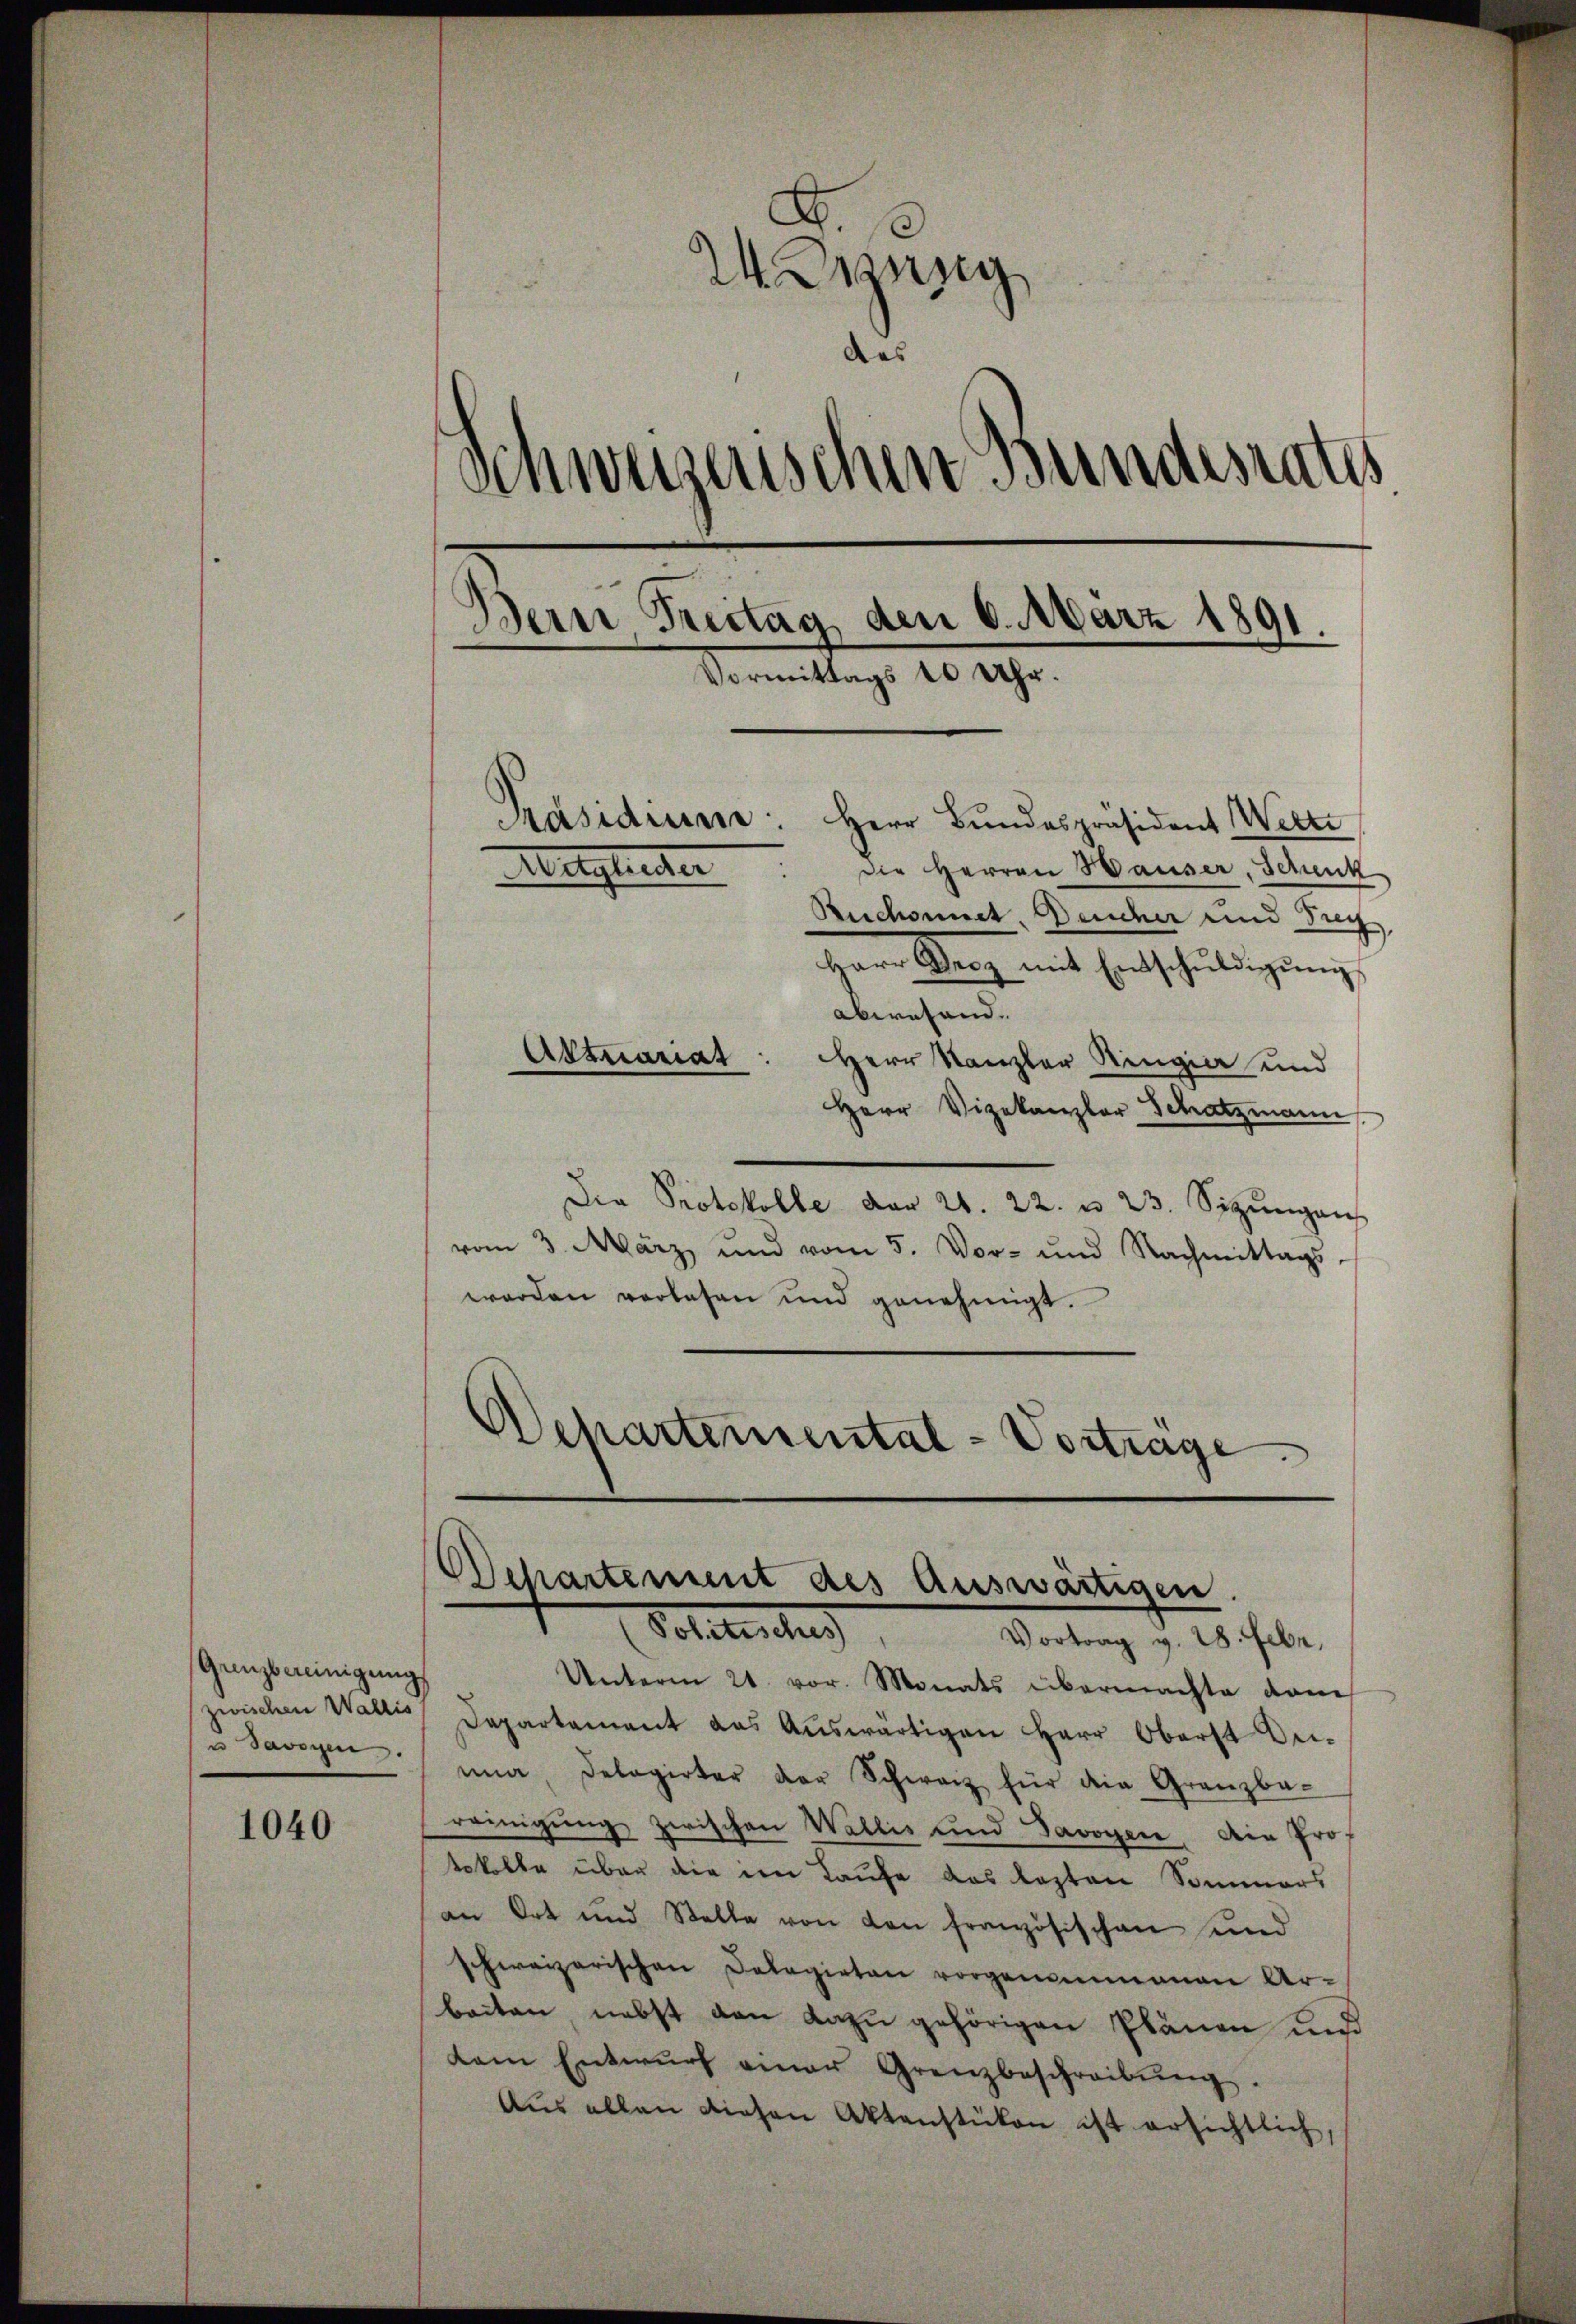
Gunzbereinigung
zwischen Wallis
u Savoyen.

1040

24. Jung
das
Schweizerischen Bundesrates
Bern Freitag, den 6. März 1891.
e
Vormittags 10 Uhr.
Päsidiume: Herr Bundespräsident Wette
Die Herren Hauser, Schenk
Mitglieder
Ruchonnet, Deucher und Frey,
Harr Berg mit Entschŭldigung
abwesend.
Attuariat
Herr Kanzler Ringia und

Herr Vizekanzler Schatzmann
Die Protokolle der 21. 22. u. 23. Sizungen
vom 3. März und vom 5. Vor- und Nachmittags
worden verlesen und genehmigt.
Departemental-Vorträge
n

Ochartement des Auswärtigen.
Beheliche
Vortrag v. 28. Febr.

Unterm 21. vor. Monats übermachte vom
Departement das Aŭswärtigen Herr Oberst Deiuna delegirter der Schwarz für die Gränz(...)
reinigŭng zwischen Wallis und Javoyen. Ain Prof
tokolle über die im Laufe das Kapton Sommers
an Ort und Stelle von den französischen und
schweizerischen Dalagirten vorgenommenen Ar-
beiten, nebst von dazu gehörigen Plänen und
dam Entwŭrf einer Grenzbeschreibŭng.
Aus allen diesen Aktenstüken ist ersichtlich,